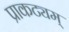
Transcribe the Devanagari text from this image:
प्राकट्यम्